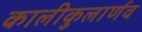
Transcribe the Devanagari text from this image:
कालीकुलार्णव